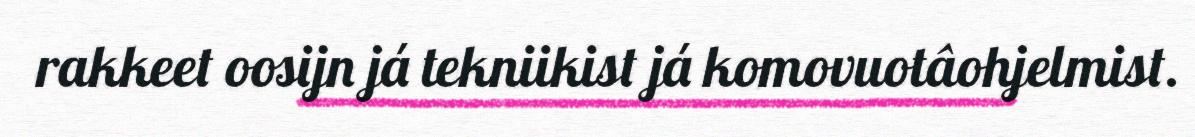
rakkeet oosijn já tekniikist já komovuotâohjelmist.